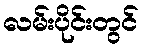
လမ်းပိုင်းတွင်